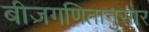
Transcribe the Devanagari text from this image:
बीजगणितानुसार